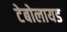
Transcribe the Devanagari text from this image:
टेबोलायड